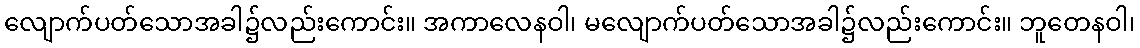
လျောက်ပတ်သောအခါ၌လည်းကောင်း။ အကာလေနဝါ၊ မလျောက်ပတ်သောအခါ၌လည်းကောင်း။ ဘူတေနဝါ၊